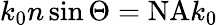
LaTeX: k_{0}n\sin\Theta=\mathrm{NA}k_{0}